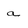
Character: a